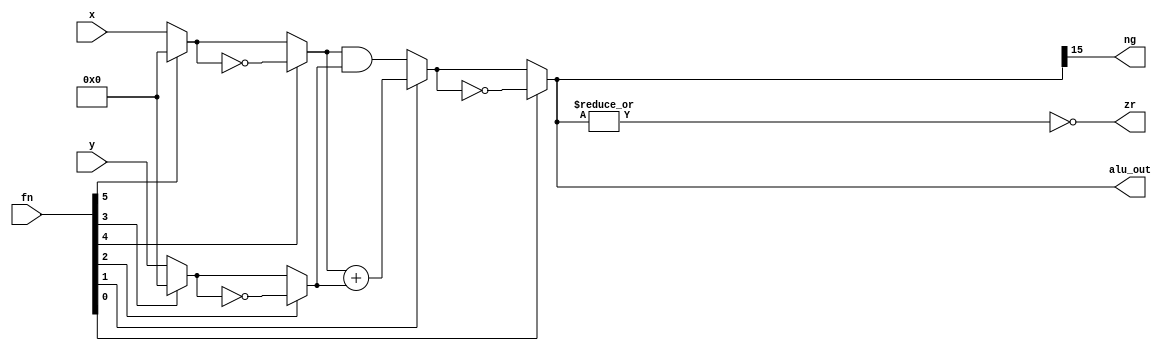
//ALU

module alu(x, y, alu_out, fn, zr,ng);

    input[15:0] x, y;
    input[5:0] fn;
    output[15:0] alu_out;
    output zr,ng;

    wire zx = fn[5]; // just for easy interfacing with scehmatic naming it as named in the logic table 
    wire nx = fn[4];
    wire zy = fn[3];
    wire ny = fn[2];
    wire f = fn[1];
    wire no = fn[0];   

    wire[15:0] x0 = zx ? 16'b0 : x;
    wire[15:0] y0 = zy ? 16'b0 : y;
    wire[15:0] x1 = nx ? ~x0 : x0;
    wire[15:0] y1 = ny ? ~y0 : y0;
 	wire[15:0] out0 = f ? x1 + y1 : x1 & y1;

    assign alu_out = no ? ~out0 : out0;
    assign zr = ~|alu_out;  
  	assign ng = alu_out[15];  
  
endmodule